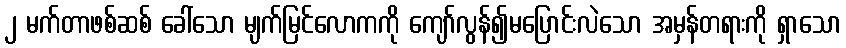
၂ မက်တာဖစ်ဆစ် ခေါ်သော မျက်မြင်လောကကို ကျော်လွန်၍မပြောင်းလဲသော အမှန်တရားကို ရှာသော